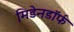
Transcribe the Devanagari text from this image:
मिडेनडॉर्फ